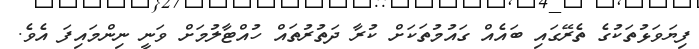
ފިޔަވަޅުތަކުގެ ތެރޭގައި ބައެއް ގައުމުތަކަށް ކުރާ ދަތުރުތައް ހުއްޓާލުމަށް ވަނީ ނިންމައިފަ އެވެ.